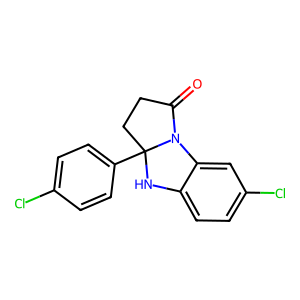
SMILES: O=C1CCC2(c3ccc(Cl)cc3)Nc3ccc(Cl)cc3N12
Inhibits HIV replication: No